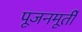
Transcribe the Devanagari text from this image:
पूजनमूर्ती